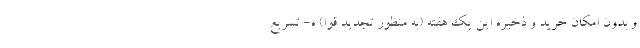
و بدون امکان خرید و ذخیره این یک هفته (به منظور تجدید قوا) ه- تسریع